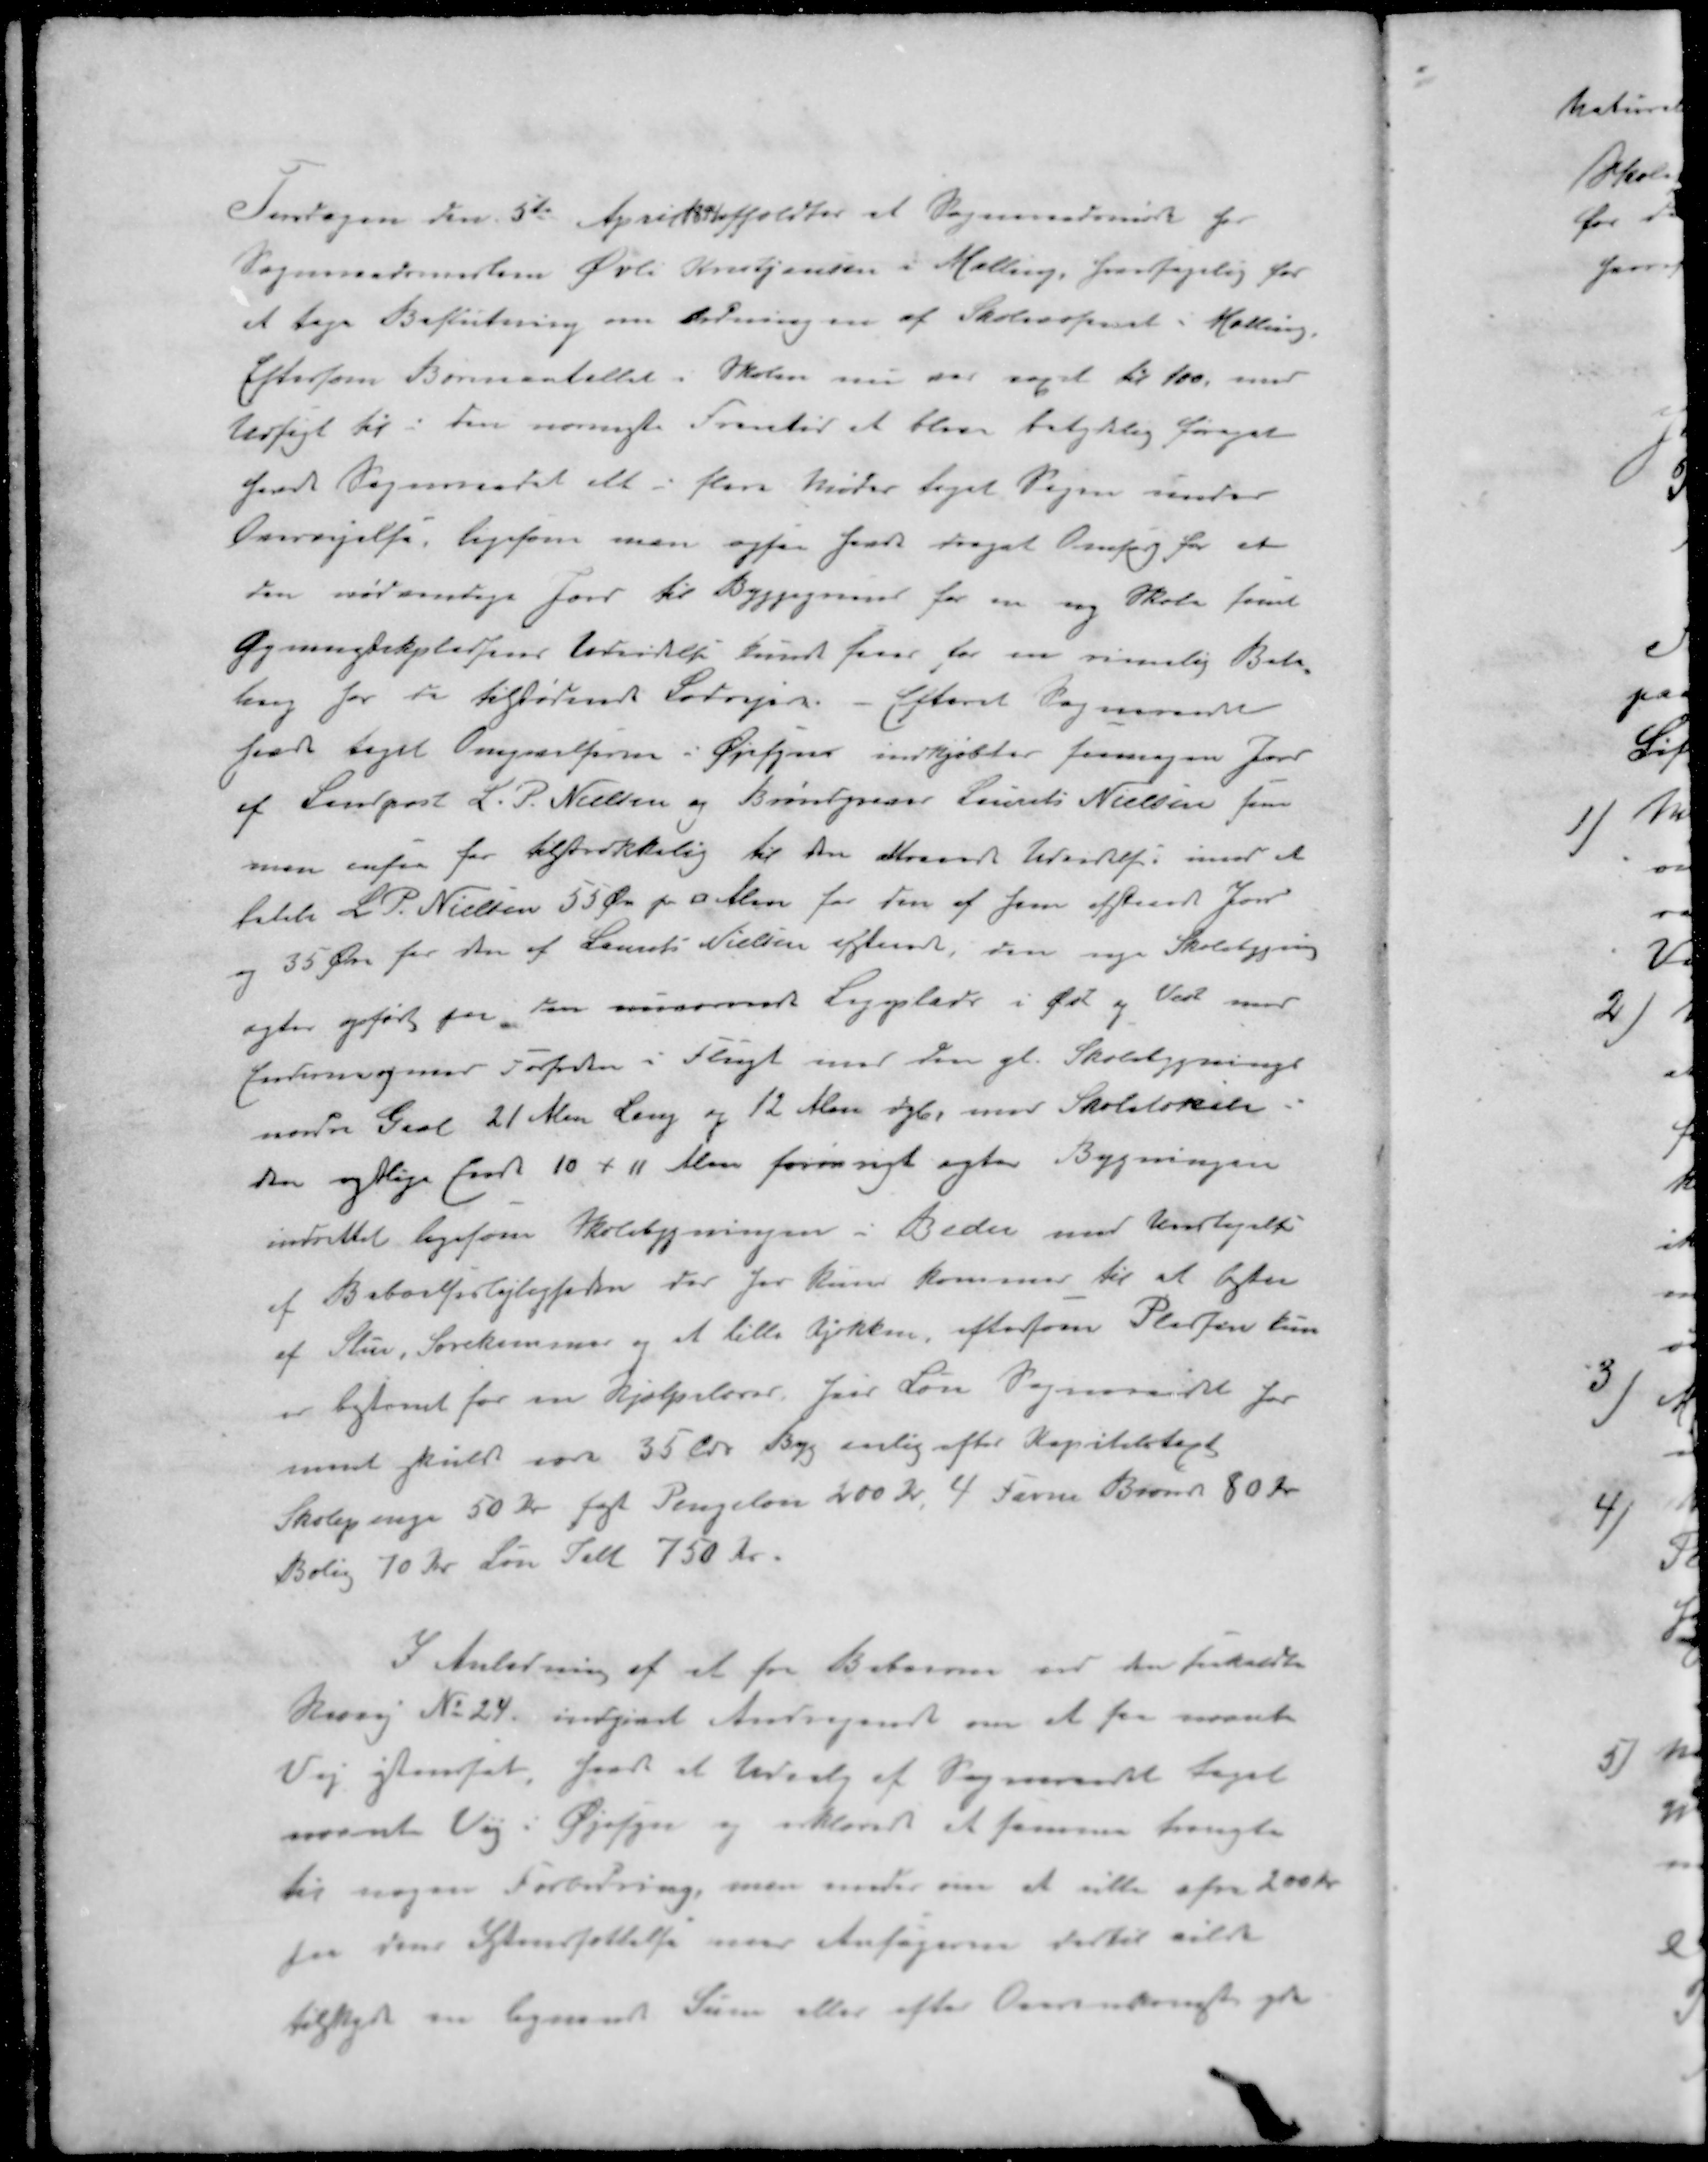
Transskription:
Tirsdagen den 5te April afholdtes et Sogneraadsmøde hos
Sogneraadsmedlem Øvli Kristjansen i Malling, Hovedsagelig for
et tage Beslutning om Tilpasningen af Skolevæsenet i Malling.
Eftersom Børneantallet i Skolen nu var øget til 100, med
Udsigt til i den nærmeste Fremtid at blev betydelig forøget
fandt Sogneraadet det i flere Møder taget Sagen under
Overvejelse, ligesom man ogsaa faar draget Omforg for at
den nødvendige Jord til Byggegrund for en ny Skole samt
Gymnastikpladsens Udvidelse kunde faaer for en rimelig Beta-
ling for de tilstødende Lodsejere - Efterat Sogneraadet
har taget Omgivelserne i Øjesyn indkjøbter saamegen Jord
af Landpost L. P. Nielsen og Brøndgraver Laurits Nielsen som
man ansaa for tilstrækkelig til den attraaede Udvidelse, imod at
betale L. P. Nielsen 55 Øre pr. ؝ Alen for den af ham afstaaede Jord
og 35 Øre for den af Laurits Nielsen afstaaede, den nye Skolebygning
agter opført for den nuværende Legeplads i Øst og Vest med
 og med Forkanten i Flugt med den gl. Skolebygnings
nordre Gavl 21 Alen Lang og 12 Alen dyb, med Skolelokale i
den østlige front 10 + 11 Alen forøvrigt agtes Bygningen
indrettet ligesom Skolebygningen i Beder med Undtagelse
af Beboelseslejligheden der for kun kommer til at bestaa
af Stue, Sovekammer og et lille Kjøkken, efterfor Pladsen kun
er bestemt for en Hjælpelærer fast Løn Sogneraadet har
snart fuld som 35 Tdr Byg enlig efter Kapiteltagt
Skolepenge 50 Kr fast Pengeløn 200 Kr. 4 Favne Brænde 80 Kr.
Bolig 70 Kr. Løn Ialt 750 Kr.
I Anledning af et fra Beboerne ved der forholdte
Resvej No 24 indgivet Andragende om at faa nævnte
Vej istandsat haver et Udvalg af Sogneraadet taget
nævnte Vej i Øjesyn og erklærer at samme trængte
til nogen Forbedring, man enedes om at ville ofre 200 Kr.
for dens Istandsættelse naar Ansøgerne dertil vilde
tilskyde en lignende Sum eller efter Overenskomst yde